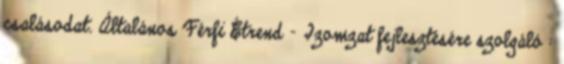
csalásodat. Általános Férfi Étrend - Izomzat fejlesztésére szolgáló :